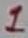
Text: 1